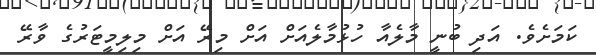
ކަމަށެވެ. އަދި ބުނީ މާލެއާ ހުޅުމާލެއަށް އަށް މިރޭ އަށް މިލިމީޓަރުގެ ވާރޭ